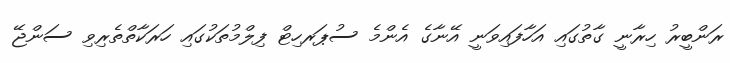
ރަންބީރު ހިރާނީ ގާތުގައި އަހާފައިވަނީ އޭނާގެ އެންމެ ސުޕަރހިޓް ފިލްމުތަކުގައި ހަރަކާތްތެރިވި ސަންޖޭ